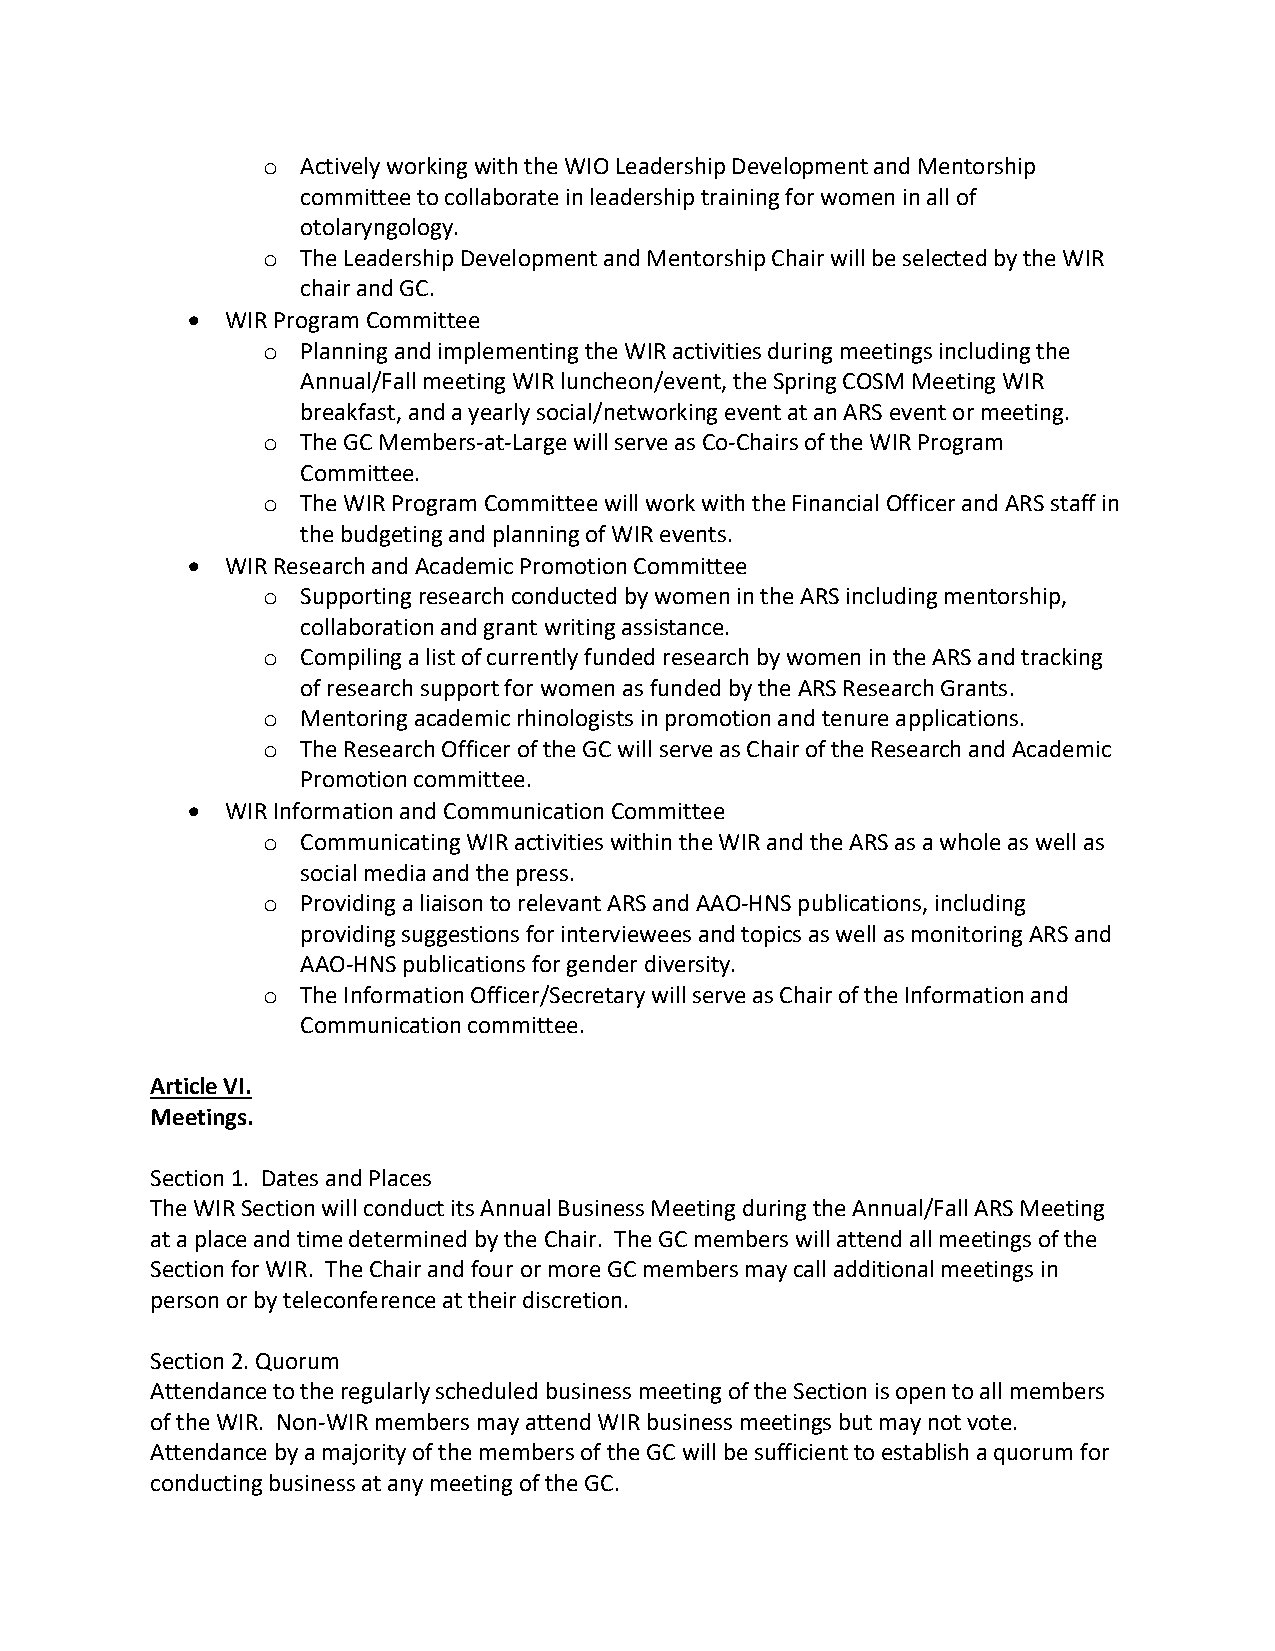
o  Actively working with the WIO Leadership Development and Mentorship
 committee to collaborate in leadership training for women in all of
 otolaryngology.
 o  The Leadership Development and Mentorship Chair will be selected by the WIR
 chair and GC.
 •  WIR Program Committee
 o  Planning and implementing the WIR activities during meetings including the
 Annual/Fall meeting WIR luncheon/event, the Spring COSM Meeting WIR
 breakfast, and a yearly social/networking event at an ARS event or meeting.
 o  The GC Members-at-Large will serve as Co-Chairs of the WIR Program
 Committee.
 o  The WIR Program Committee will work with the Financial Officer and ARS staff in
 the budgeting and planning of WIR events.
 •  WIR Research and Academic Promotion Committee
 o  Supporting research conducted by women in the ARS including mentorship,
 collaboration and grant writing assistance.
 o  Compiling a list of currently funded research by women in the ARS and tracking
 of research support for women as funded by the ARS Research Grants.
 o  Mentoring academic rhinologists in promotion and tenure applications.
 o  The Research Officer of the GC will serve as Chair of the Research and Academic
 Promotion committee.
 •  WIR Information and Communication Committee
 o  Communicating WIR activities within the WIR and the ARS as a whole as well as
 social media and the press.
 o  Providing a liaison to relevant ARS and AAO-HNS publications, including
 providing suggestions for interviewees and topics as well as monitoring ARS and
 AAO-HNS publications for gender diversity.
 o  The Information Officer/Secretary will serve as Chair of the Information and
 Communication committee.
 Article VI.
 Meetings.
 Section 1. Dates and Places
 The WIR Section will conduct its Annual Business Meeting during the Annual/Fall ARS Meeting
 at a place and time determined by the Chair. The GC members will attend all meetings of the
 Section for WIR. The Chair and four or more GC members may call additional meetings in
 person or by teleconference at their discretion.
 Section 2. Quorum
 Attendance to the regularly scheduled business meeting of the Section is open to all members
 of the WIR. Non-WIR members may attend WIR business meetings but may not vote.
 Attendance by a majority of the members of the GC will be sufficient to establish a quorum for
 conducting business at any meeting of the GC.